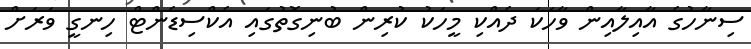
ސިނާހުގެ އާއިލާއިން ވާހަކަ ދެއްކި މީހަކު ކުރިން ބުނިގޮތުގައި އެކްސިޑެންޓް ހިނގީ ވަރަށް